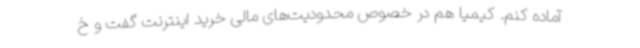
آماده کنم. کیمیا هم در خصوص محدودیت‌های مالی خرید اینترنت گفت و خ